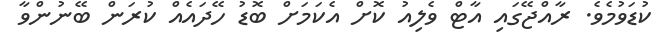
ކުޑަވުމެވެ. ރާއްޖޭގައި އާޓް ވެލިއު ކޮށް އެކަމަށް ބޮޑު ހޭދައެއް ކުރަން ބޭނުންވާ